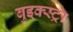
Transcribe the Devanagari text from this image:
बुइक्स्ट्रा